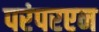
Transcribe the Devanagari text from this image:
परंपरएन